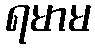
ရမာမ